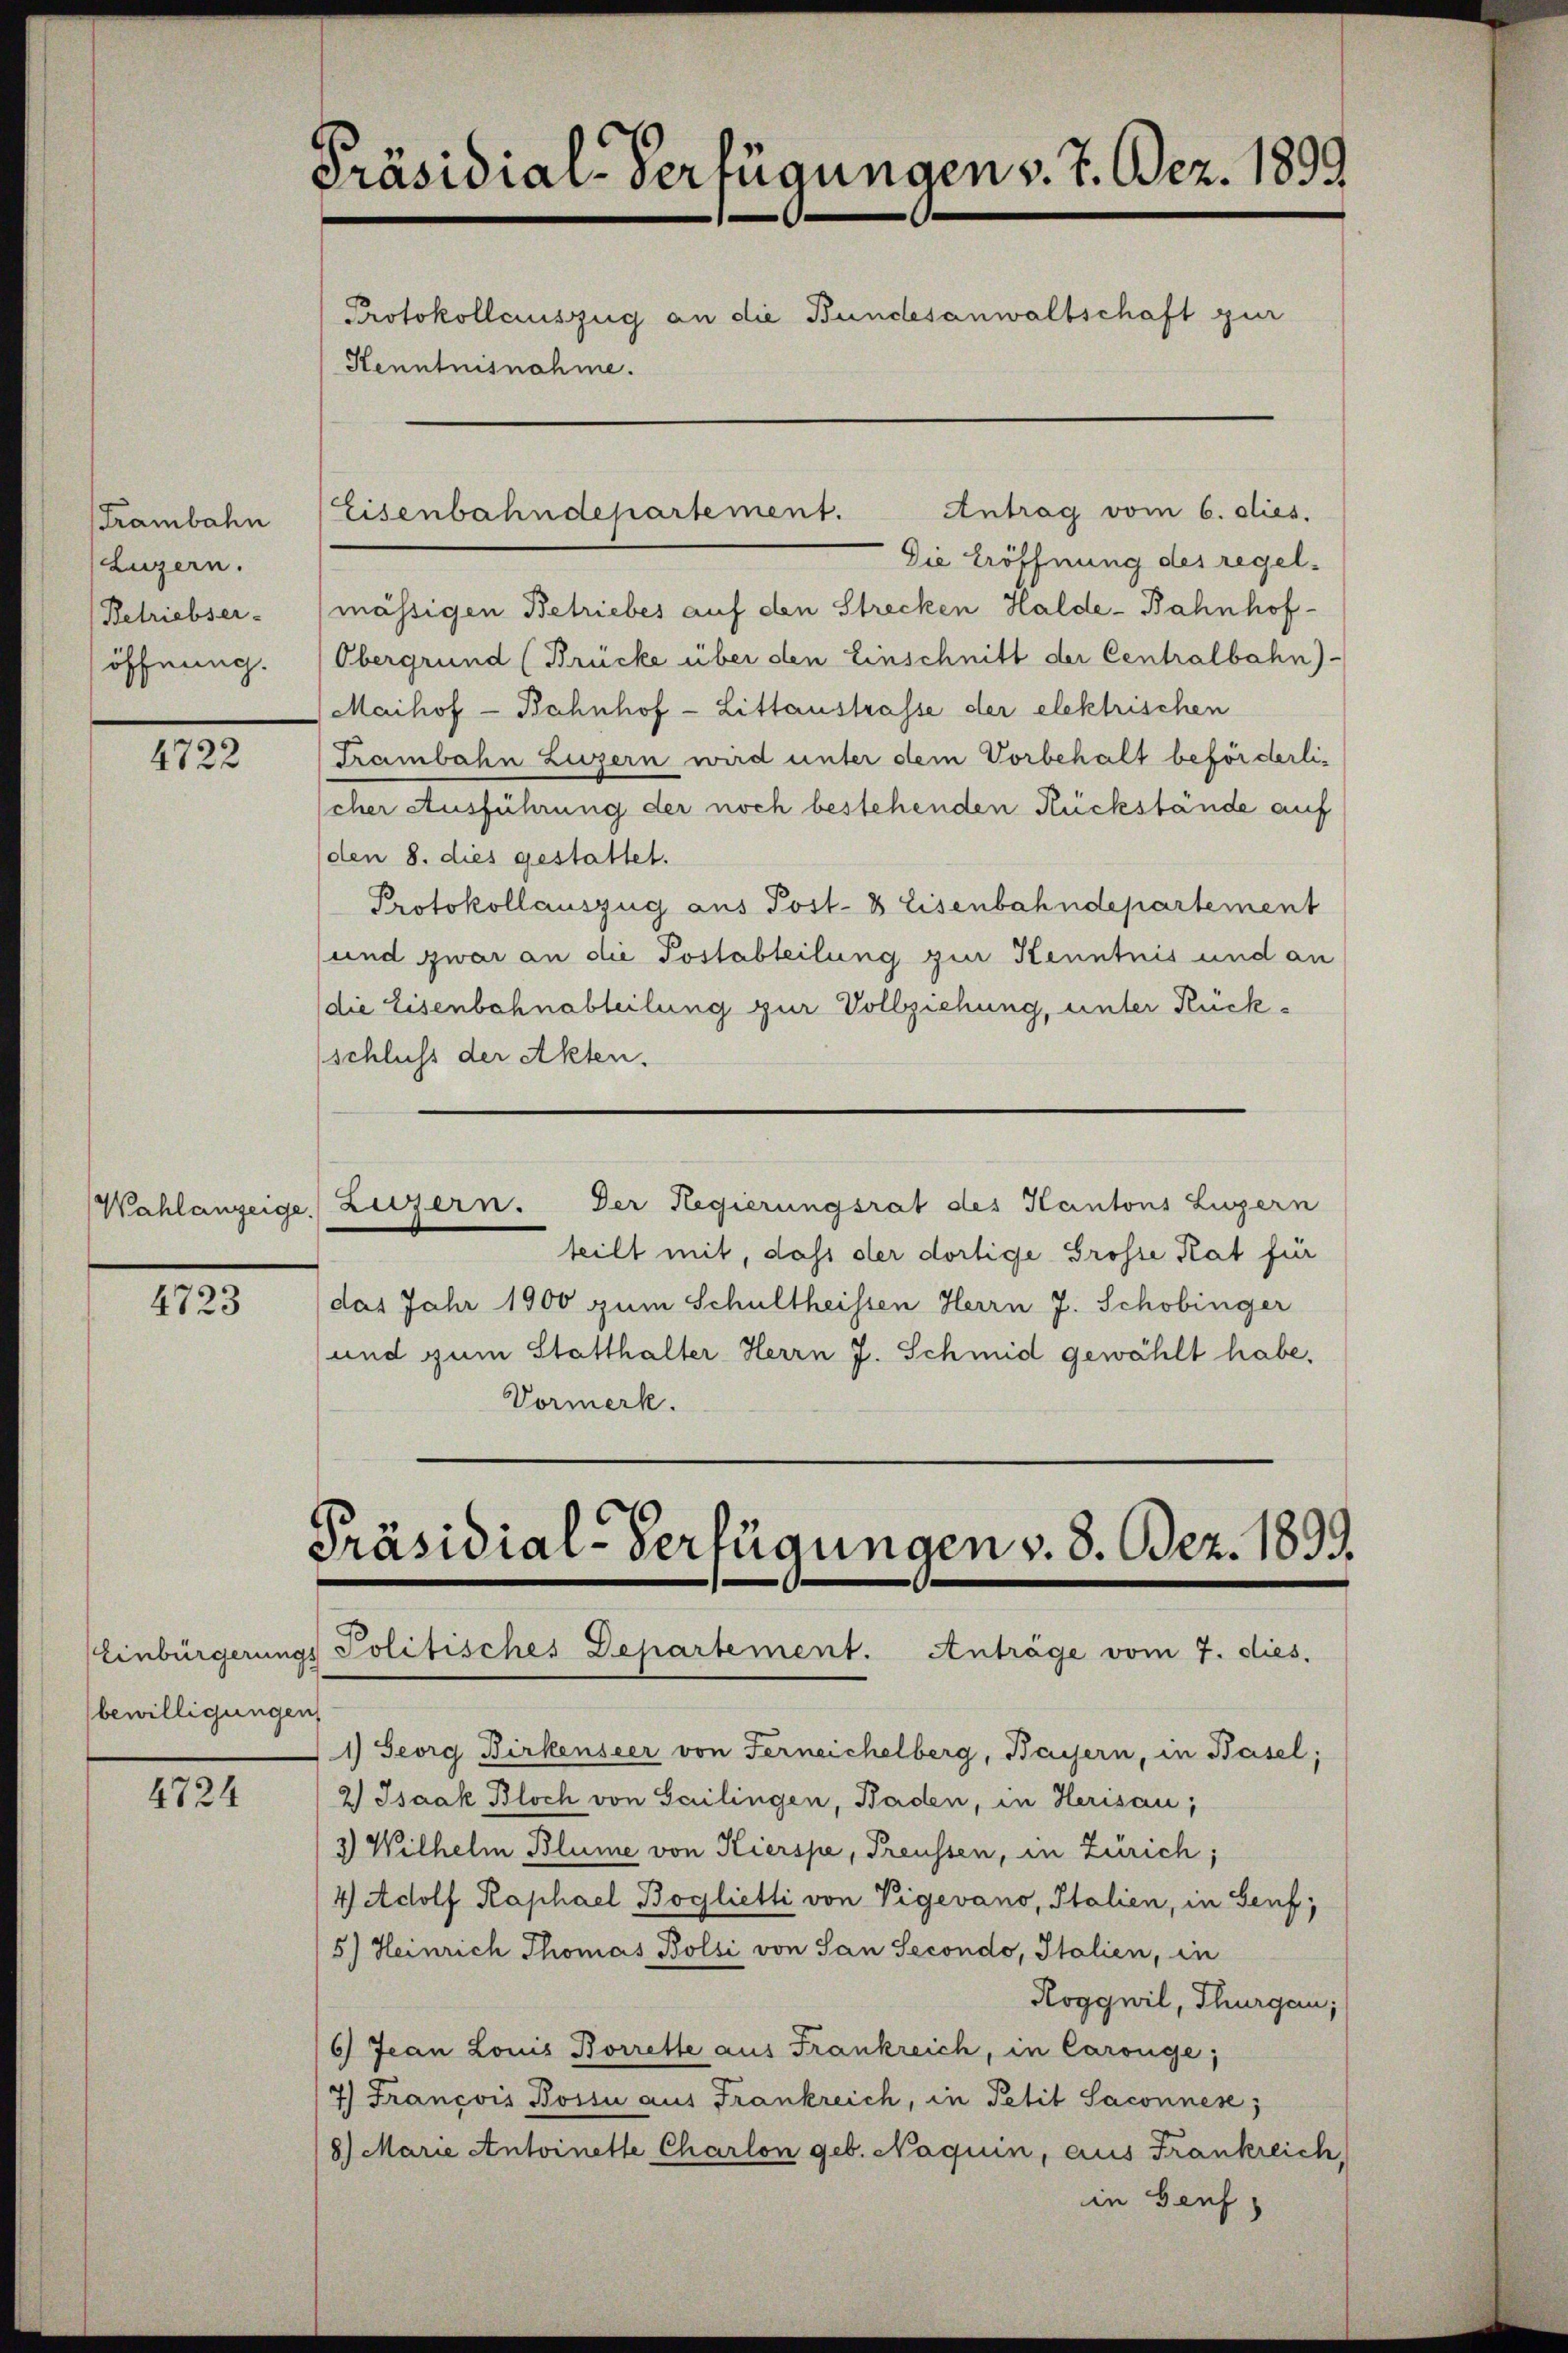
Trambahn
Luzern.
Betriebser-
öffnung.

4722

Wahlanzeige.

4723

bewilligungen

4724

Präsidial-Verfügungen v. 7. Dez. 1893
Protokollauszug an die Bundesanwaltschaft zur
Kenntnisnahme.

Eisenbahndepartement.

Antrag vom 6. dies.

Die Eröffnung des regel.
mässigen Betriebes auf den Strecken Halde-Bahnhof-
Obergrund (Brücke über den Einschnitt der Centralbahn)-
Maihof - Bahnhof - Littaustrasse der elektrischen
Trambahn Luzern wird unter dem Vorbehalt beförderlicher Ausführung der noch bestehenden Rückstände auf
(den 8. dies gestattet.
Protokollauszug aus Post- & Eisenbahndepartement
und zwar an die Postabteilung zur Kenntnis und an
die Eisenbahnabteilung zur Vollziehung, unter Rückschluss der Akten.
Luzern. Der Regierungsrat des Kantons Luzern
teilt mit, dass der dortige Grosse Rat für
das Jahr 1900 zum Schultheissen Herrn J. Schobinger
und zum Statthalter Herrn J. Schmid gewählt habe.
Vormerk.

Präsidial-Verfügungen v. 8. Dez. 1899.
Einbürgerungs Politisches Departement. Anträge vom 7. dies.

1) Georg Birkenseer von Ferneichelberg, Bayern, in Basel;
2.) Isaak Bloch von Gailingen, Baden, in Herisau;
3) Wilhelm Blume von Kierspe, Preussen, in Zürich;
4 Adolf Kaphael Boglietti von Vigevano, Italien, in Genf,
5.) Heinrich Thomas Bolsi von San Secondo, Italien, in
Roggwil, Thurgau;
6) Jean Louis Borrette aus Frankreich, in Carouge;
7) François Bossi aus Frankreich, in Petit Saconnes;
8) Marie Antoinette Charlon geb. Naquin, aus Frankreich,
in Genf,